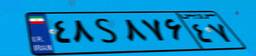
۴۸S۸۷۶۴۷